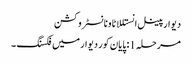
دیوار پینل انستللاٹاونانسٹروکشن
مرحلہ 1: پایان کور دیوار میں فکسنگ ۔